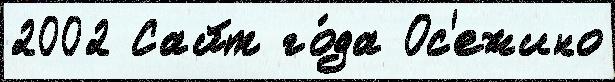
2002 Сайт го́да Ос'ежино